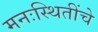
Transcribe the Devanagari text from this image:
मनःस्थितींचे